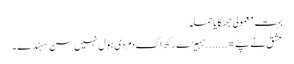
بہت معمولی جھٹکایا حملہ
عشق نے پٹے =.......جہیڑے رکھ اک دم دی ہول نہیں سن سہندے ۔